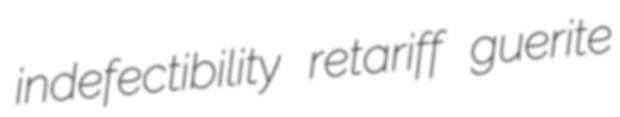
indefectibility retariff guerite